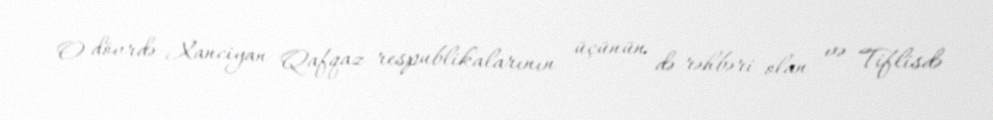
O dövrdə Xanciyan Qafqaz respublikalarının üçünün də rəhbəri olan və Tiflisdə